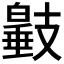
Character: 𢻩